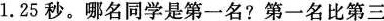
1.25秒。哪名同学是第一名?第一名比第三名